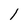
Character: 1